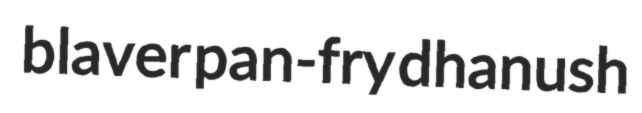
blaver pan-fry dhanush